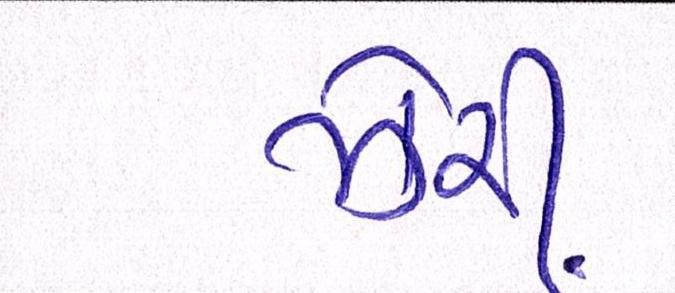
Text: ઝેરી